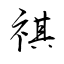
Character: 祺